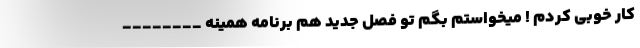
کار خوبی کردم ! میخواستم بگم تو فصل جدید هم برنامه همینه ________